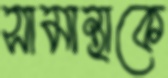
সামান্থাকে